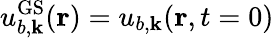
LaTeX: u_{b,{\mathbf k}}^{\mathrm{GS}}({\mathbf r})=u_{b,{\mathbf k}}({\mathbf r},t=0)